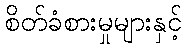
စိတ်ခံစားမှုများနှင့်